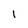
Character: l